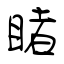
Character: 睹